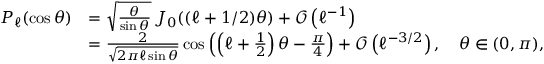
{ \begin{array} { r l } { P _ { \ell } ( \cos \theta ) } & { = { \sqrt { \frac { \theta } { \sin \theta } } } \, J _ { 0 } ( ( \ell + 1 / 2 ) \theta ) + { \mathcal { O } } \left( \ell ^ { - 1 } \right) } \\ & { = { \frac { 2 } { \sqrt { 2 \pi \ell \sin \theta } } } \cos \left( \left( \ell + { \frac { 1 } { 2 } } \right) \theta - { \frac { \pi } { 4 } } \right) + { \mathcal { O } } \left( \ell ^ { - 3 / 2 } \right) , \quad \theta \in ( 0 , \pi ) , } \end{array} }